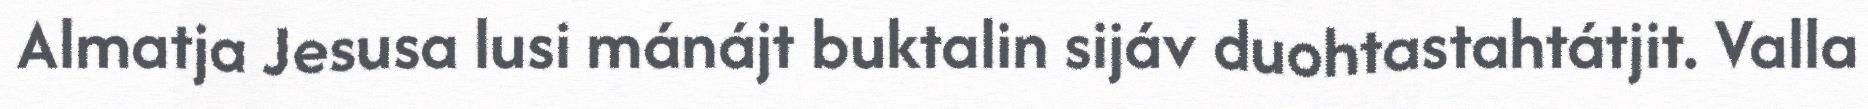
Almatja Jesusa lusi mánájt buktalin sijáv duohtastahtátjit. Valla